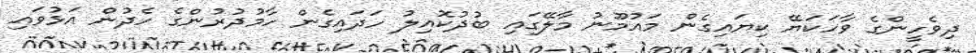
ދިވެހީންގެ ވާހަކަޔޭ ކިޔައިގެން މައުމޫނު މާލޭގައި ބުދުކޮއިލު ހަދައިގެން ހާމުދުރުންގެ ހެދުން އަޅުވައި